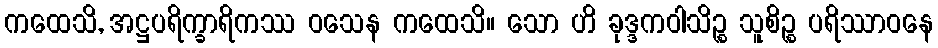
ကထေသိ, အဋ္ဌပရိက္ခာရိကဿ ဝသေန ကထေသိ။ သော ဟိ ခုဒ္ဒကဝါသိဉ္စ သူစိဉ္စ ပရိဿာဝနေ